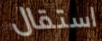
استقال